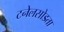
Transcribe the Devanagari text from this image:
टनेलसोडता